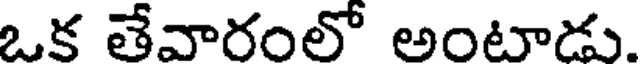
ఒక తేవారంలో అంటాడు.